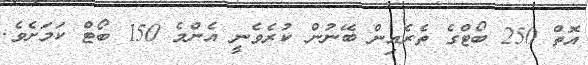
އޮތް 250 ބޯޓްގެ ތެރެއިން ބޭނުން ކުރެވެނީ އެންމެ 150 ބޯޓް ކަމަށެވެ.